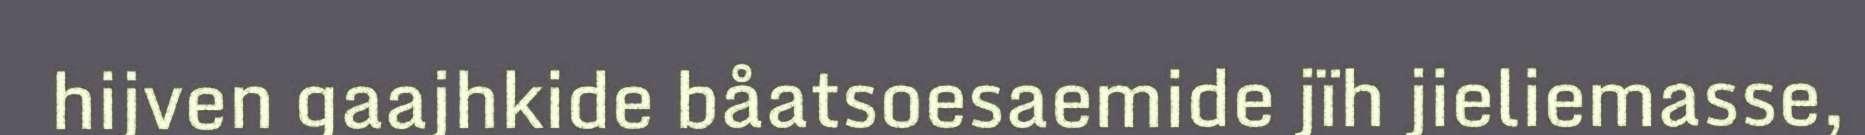
hijven gaajhkide båatsoesaemide jïh jieliemasse,